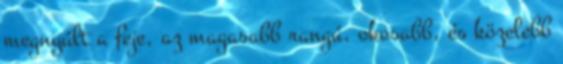
megnyúlt a feje, az magasabb rangú, okosabb, és közelebb